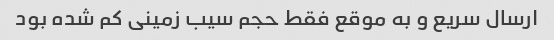
ارسال سریع و به موقع فقط حجم سیب زمینی کم شده بود